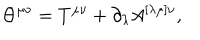
\Theta ^ { \mu \nu } = T ^ { \mu \nu } + \partial _ { \lambda } A ^ { [ \lambda \mu ] \nu } ,